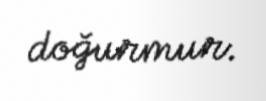
doğurmur.